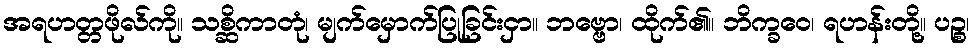
အရဟတ္တဖိုလ်ကို။ သစ္ဆိကာတုံ၊ မျက်မှောက်ပြုခြင်းငှာ။ ဘဗ္ဗော၊ ထိုက်၏။ ဘိက္ခဝေ၊ ရဟန်းတို့။ ပဉ္စ၊